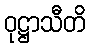
ဝုဋ္ဌာသီတိ